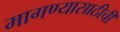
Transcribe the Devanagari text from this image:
मागण्यासाठीची